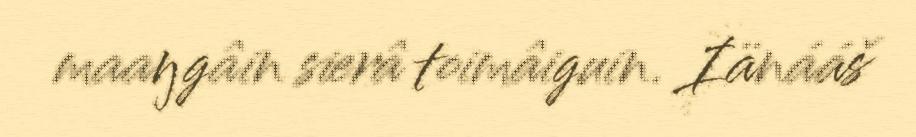
maaŋgâin sierâ toimâiguin. Iänááš